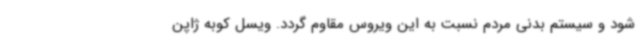
شود و سیستم بدنی مردم نسبت به این ویروس مقاوم گردد. ویسل کوبه ژاپن